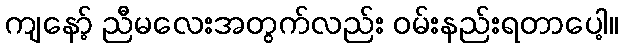
ကျနော့် ညီမလေးအတွက်လည်း ဝမ်းနည်းရတာပေါ့။